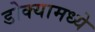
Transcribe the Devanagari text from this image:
डोक्यामध्ये